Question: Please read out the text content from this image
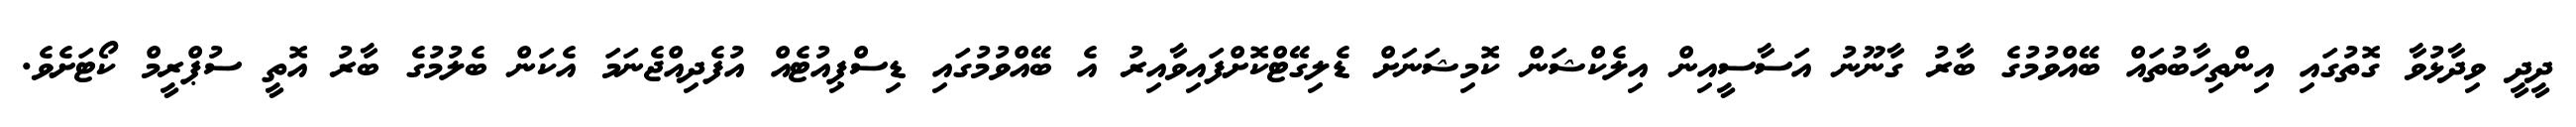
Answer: ދީދީ ވިދާޅުވާ ގޮތުގައި އިންތިހާބުތައް ބޭއްވުމުގެ ބާރު ގާނޫނު އަސާސީއިން އިލެކްޝަން ކޮމިޝަނަށް ޑެލިގޭޓްކޮށްފައިވާއިރު އެ ބޭއްވުމުގައި ޑިސްޕިއުޓެއް އުފެދިއްޖެނަމަ އެކަން ބެލުމުގެ ބާރު އޮތީ ސުޕްރީމް ކޯޓަށެވެ.